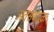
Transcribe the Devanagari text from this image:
अंतःसंवेदक